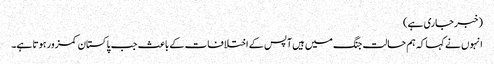
(خبر جاری ہے)
انہوں نے کہا کہ ہم حالت جنگ میں ہیں آپس کے اختلافات کے باعث جب پاکستان کمزور ہوتا ہے۔